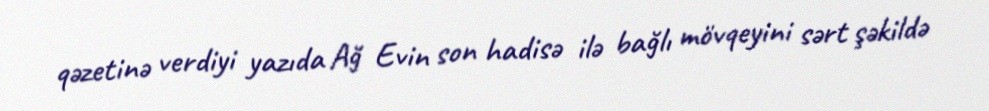
qəzetinə verdiyi yazıda Ağ Evin son hadisə ilə bağlı mövqeyini sərt şəkildə